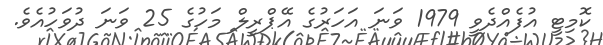
ކޮމިޓީ އުފެއްދެވީ 1979 ވަނަ އަހަރުގެ އޭޕްރީލް މަހުގެ 25 ވަނަ ދުވަހުއެވެ.